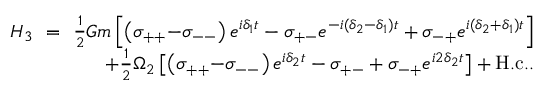
\begin{array} { r l r } { H _ { 3 } \! \! } & { = } & { \! \! \frac { 1 } { 2 } G m \left[ \left( \sigma _ { + + } { - } \sigma _ { -- } \right) e ^ { i \delta _ { 1 } t } - \sigma _ { + - } e ^ { - i ( \delta _ { 2 } - \delta _ { 1 } ) t } + \sigma _ { - + } e ^ { i ( \delta _ { 2 } + \delta _ { 1 } ) t } \right] } \\ & { } & { \! \! + \frac { 1 } { 2 } \Omega _ { 2 } \left[ \left( \sigma _ { + + } { - } \sigma _ { -- } \right) e ^ { i \delta _ { 2 } t } - \sigma _ { + - } + \sigma _ { - + } e ^ { i 2 \delta _ { 2 } t } \right] + \mathrm { H . c . } . } \end{array}